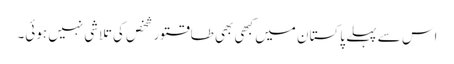
اس سے پہلے پاکستان میں کبھی بھی طاقتور شخص کی تلاشی نہیں ہوئی۔